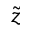
\tilde { z }